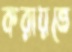
করায়ত্তে